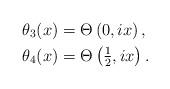
LaTeX: \begin{align*}\theta_3(x) &= \Theta\left( 0,ix \right),\\\theta_4(x) &= \Theta\left( \tfrac{1}{2}, ix \right).\end{align*}